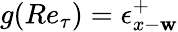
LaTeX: g(Re_{\tau})=\epsilon_{x-\mathbf{w}}^{+}